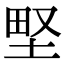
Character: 𡌛